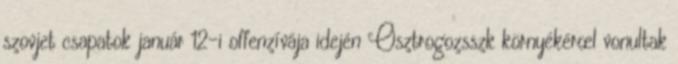
szovjet csapatok január 12-i offenzívája idején Osztrogozsszk környékérœl vonultak